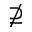
\nsupseteq